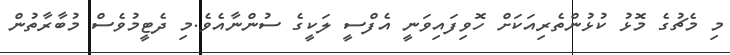
މި މެޗުގެ މޮޅު ކުޅުންތެރިއަކަށް ހޮވިފައިވަނީ އެފްސީ ލަކީގެ ސުންނާއެވެ.މި ދެޓީމުވެސް މުބާރާތުން